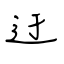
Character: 迂